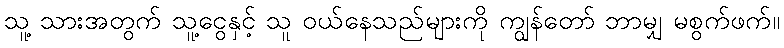
သူ့ သားအတွက် သူ့ငွေနှင့် သူ ဝယ်နေသည်များကို ကျွန်တော် ဘာမျှ မစွက်ဖက်။